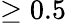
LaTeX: \geq 0.5